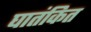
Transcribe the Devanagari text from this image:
घातंकित